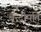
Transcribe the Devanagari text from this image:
बून्दीपति